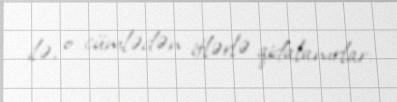
ilə, o cümlədən itlərlə qidalanırlar.